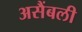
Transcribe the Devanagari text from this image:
असैंबली